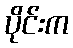
ပိုင်းက